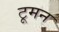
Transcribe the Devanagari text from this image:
टूमन